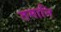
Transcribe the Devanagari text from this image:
तमानि